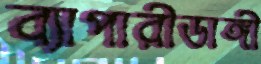
ব্যাপারীডাঙ্গী